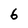
Character: 6